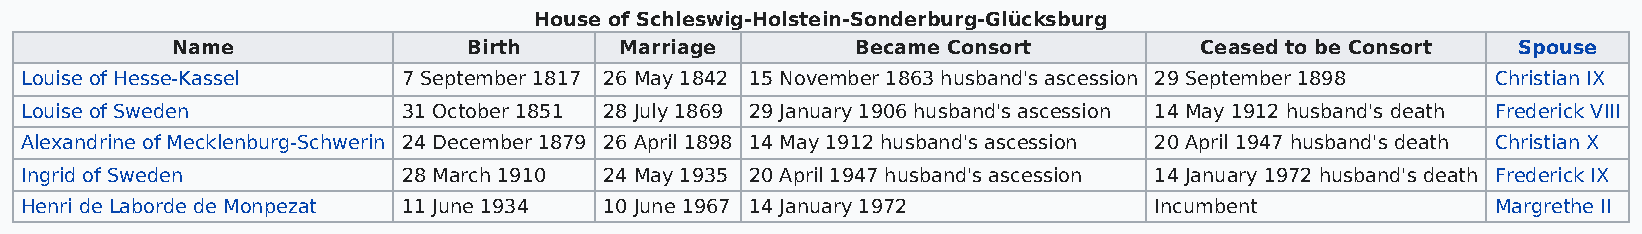
House of Schleswig-Holstein-Sonderburg-Glücksburg
 Name                Birth     Marriage        Became Consort        Ceased to be Consort Spouse
 Louise of Hesse-Kassel    7 September 1817 26 May 1842 15 November 1863 husband's ascession 29 September 1898 Christian IX
 Louise of Sweden          31 October 1851 28 July 1869 29 January 1906 husband's ascession 14 May 1912 husband's death Frederick VIII
 Alexandrine of Mecklenburg-Schwerin 24 December 1879 26 April 1898 14 May 1912 husband's ascession 20 April 1947 husband's death Christian X
 Ingrid of Sweden          28 March 1910 24 May 1935 20 April 1947 husband's ascession 14 January 1972 husband's death Frederick IX
 Henri de Laborde de Monpezat 11 June 1934 10 June 1967 14 January 1972     Incumbent              Margrethe II